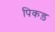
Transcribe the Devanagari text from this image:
पिकड़